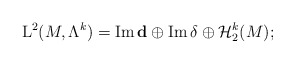
\begin{align*}{\rm L}^2(M,\Lambda^k)={\rm Im}\, \mathbf{d}\oplus {\rm Im} \, \delta \oplus \mathcal{H}_2^k(M);\end{align*}